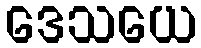
ဒေသယေ